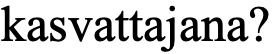
kasvattajana?